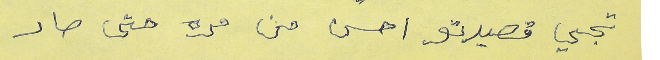
تجي قصيدتو احسن من مره حتى صار